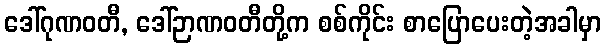
ဒေါ်ဂုဏဝတီ, ဒေါ်ဉာဏဝတီတို့က စစ်ကိုင်း စာပြောပေးတဲ့အခါမှာ